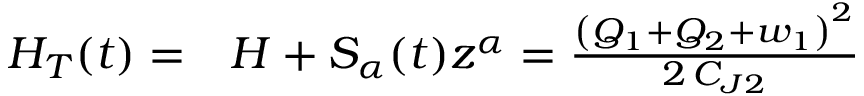
\begin{array} { r l } { H _ { T } ( t ) = } & { { } H + S _ { \alpha } ( t ) z ^ { \alpha } = \frac { { \left( Q _ { 1 } + Q _ { 2 } + w _ { 1 } \right) } ^ { 2 } } { 2 \, C _ { J 2 } } } \end{array}